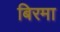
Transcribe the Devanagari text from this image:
बिरमा